Vaccination North-Western Provinces 1866-1877 - 1866-1877
Year: 1866
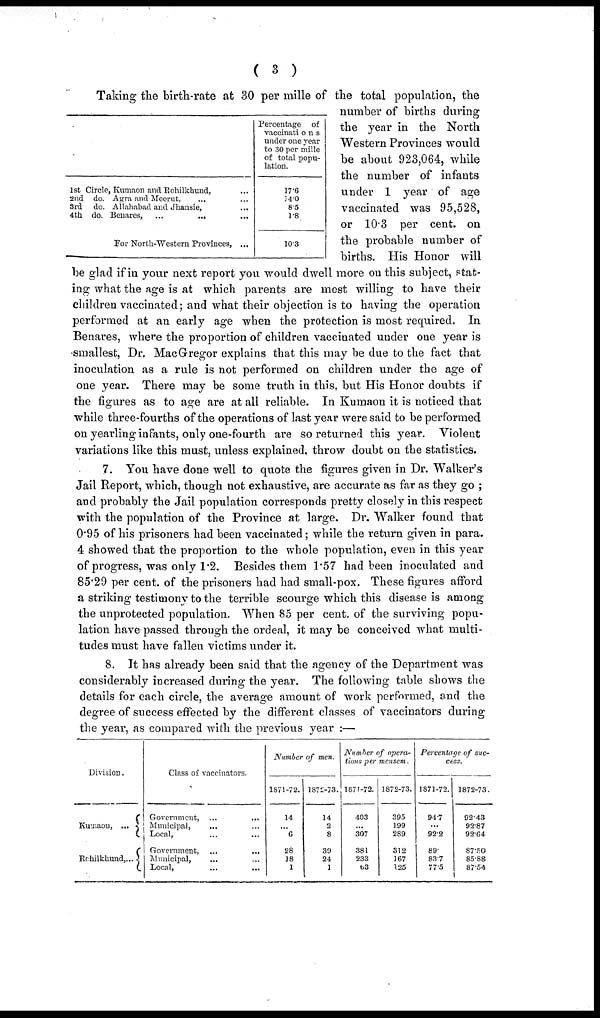
( 3 )
1st Circle, Kumaon and Rohilkhund, ...
2nd do. Agra and Meerut, ... ...
3rd do. Allahabad and Jhansie, ...
4th do. Benares,
...
...
...
For North-Western Provinces, ...
Percentage of
vaccinations
under one year
to 30 per mille
of total popu-
lation.
17.6
14.0
8.5
1.8
10.3
Taking the birth-rate at 30 per mille of the total population, the
number of births during
the year in the North
Western Provinces would
be about 923,064, while
the number of infants
under 1 year of age
vaccinated was 95,528,
or 10.3 per cent. on
the probable number of
births. His Honor will
be glad if in your next report you would dwell more on this subject, stat-
ing what the age is at which parents are most willing to have their
children vaccinated; and what their objection is to having the operation
performed at an early age when the protection is most required. In
Benares, where the proportion of children vaccinated under one year is
smallest, Dr. MacGregor explains that this may be due to the fact that
inoculation as a rule is not performed on children under the age of
one year. There may be some truth in this, but His Honor doubts if
the figures as to age are at all reliable. In Kumaon it is noticed that
while three-fourths of the operations of last year were said to be performed
on yearling infants, only one-fourth are so returned this year. Violent
variations like this must, unless explained, throw doubt on the statistics.
7. You have done well to quote the figures given in Dr. Walker's
Jail Report, which, though not exhaustive, are accurate as far as they go ;
and probably the Jail population corresponds pretty closely in this respect
with the population of the Province at large. Dr. Walker found that
0.95 of his prisoners had been vaccinated; while the return given in para.
4 showed that the proportion to the whole population, even in this year
of progress, was only 1.2. Besides them 1.57 had been inoculated and
85.29 per cent, of the prisoners had had small-pox. These figures afford
a striking testimony to the terrible scourge which this disease is among
the unprotected population. When 85 per cent. of the surviving popu-
lation have passed through the ordeal, it may be conceived what multi-
tudes must have fallen victims under it.
8. It has already been said that the agency of the Department was
considerably increased during the year. The following table shows the
details for each circle, the average amount of work performed, and the
degree of success effected by the different classes of vaccinators during
the year, as compared with the previous year :—
Division.
Kumaon, ...
Rohilkhund,...
Class of vaccinators.
Government, ... ...
Municipal, ... ...
Local, ... ...
Government,
...
...
Municipal, ... ...
Local, ... ...
Number of men.
1871-72.
14
...
6
28
18
1
l872-73.
14
2
8
39
24
1
Number of opera-
tions per mensem.
1871-72.
403
...
307
381
233
63
1872-73.
395
199
289
312
167
125
Percentage of suc-
cess.
1871-72.
94.7
...
922
89
83.7
77.5
1872-73.
92.43
92.87
92.64
87.50
85.88
87.54